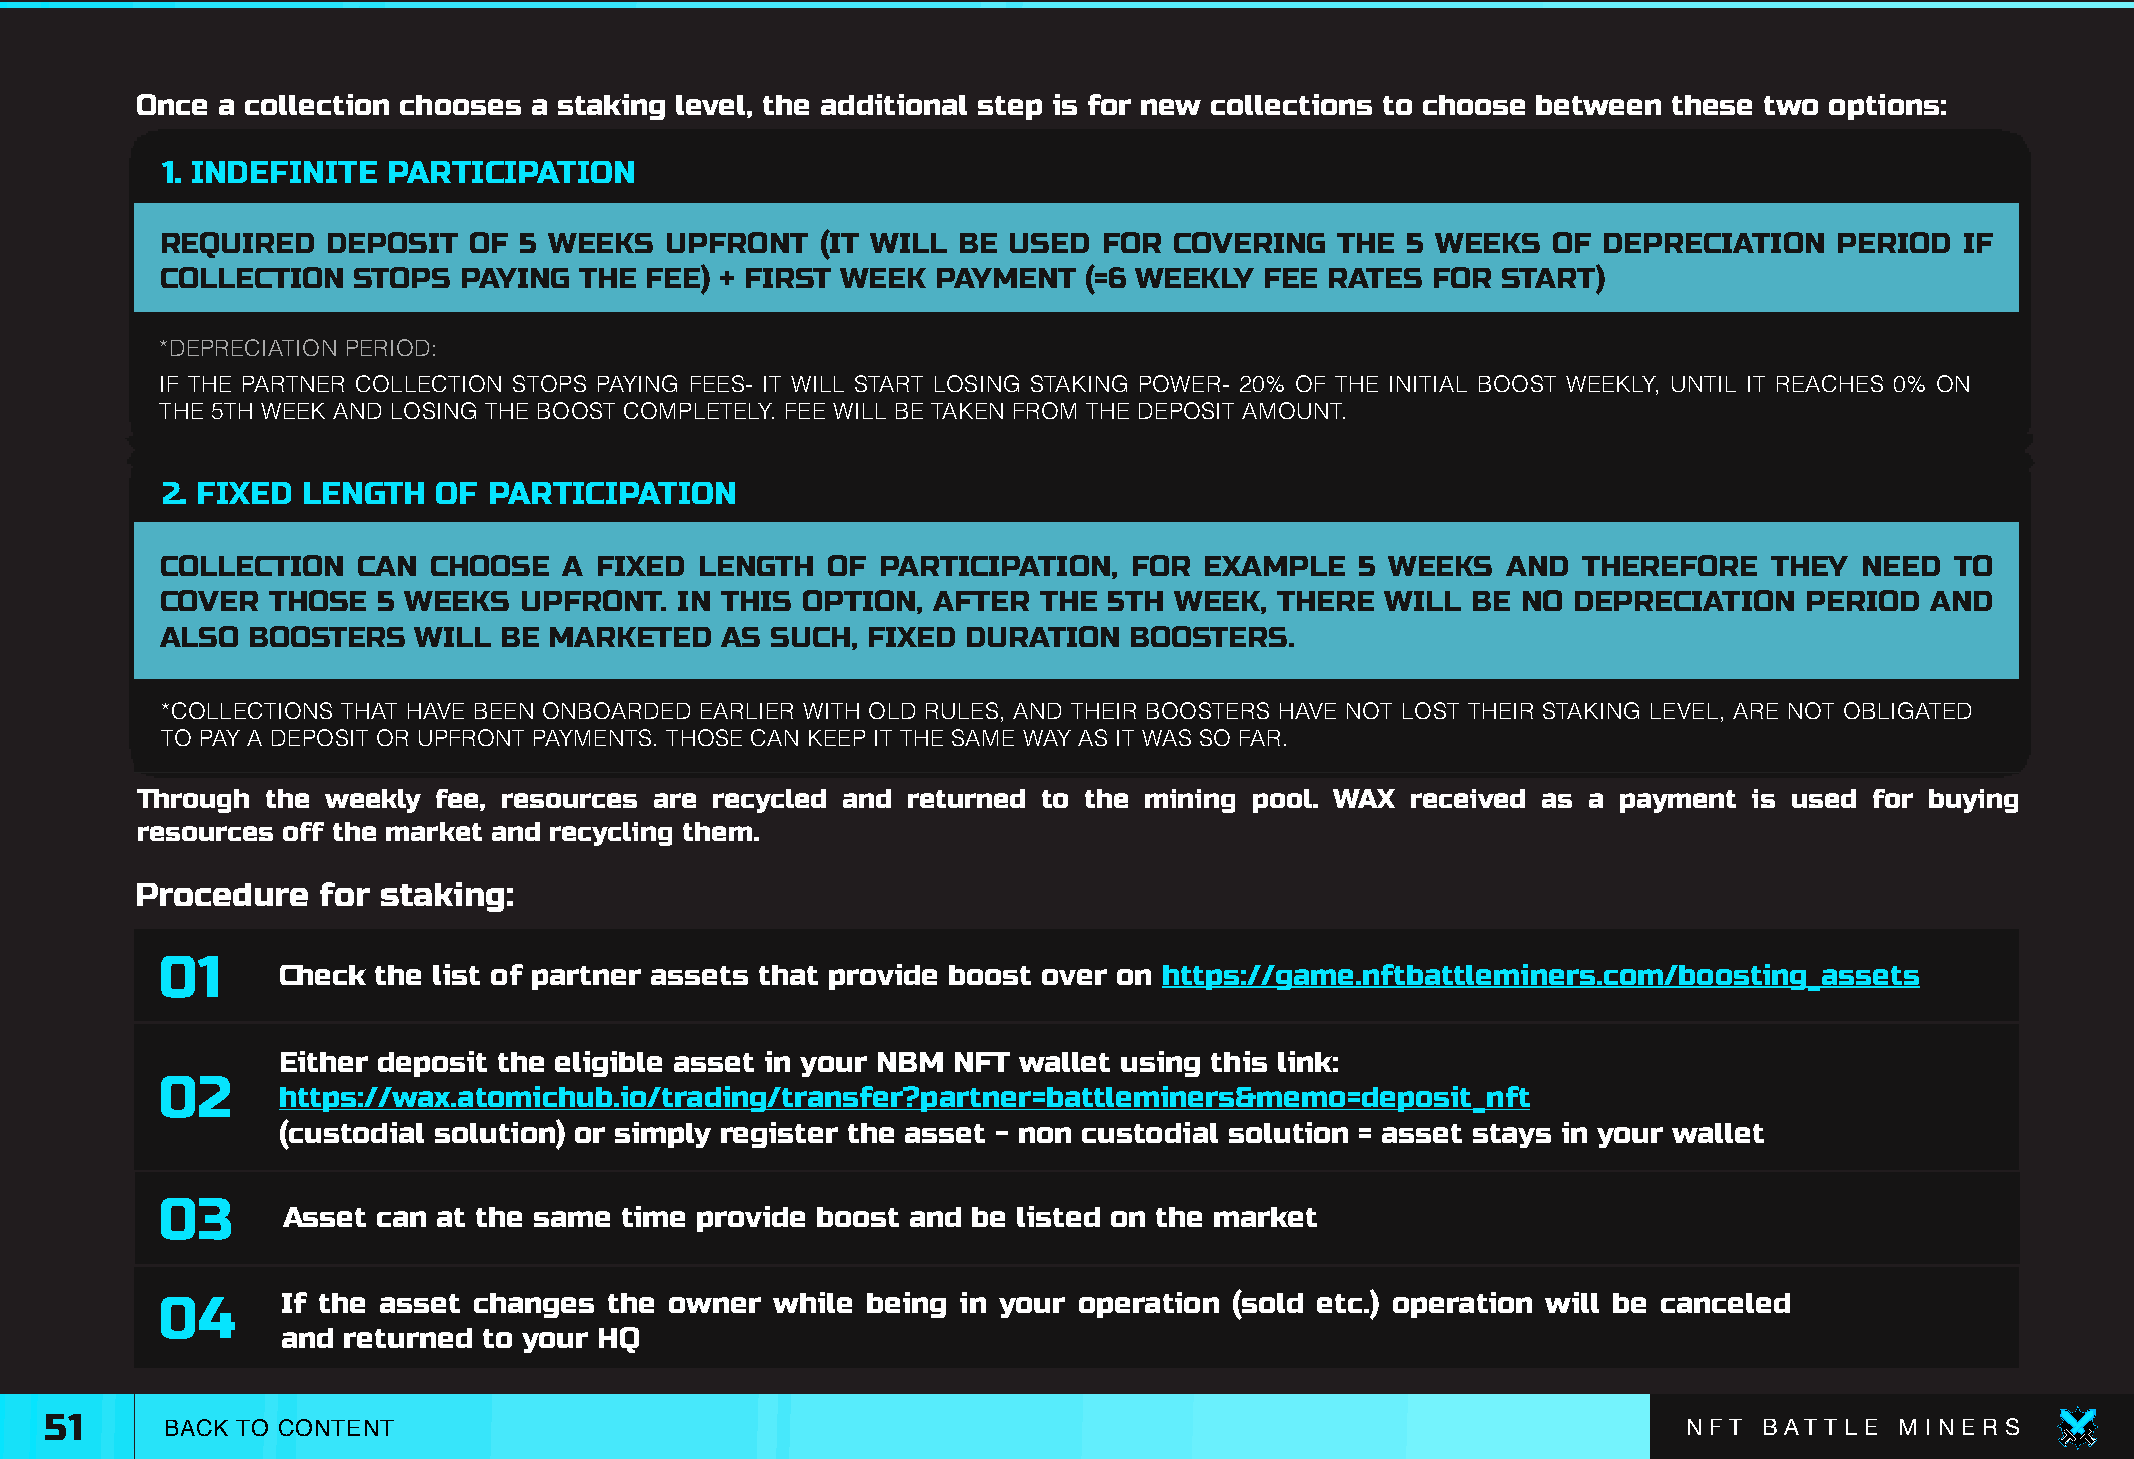
Once a collection chooses a staking level, the additional step is for new collections to choose between these two options:
 1. INDEFINITE  PARTICIPATION
 REQUIRED   DEPOSIT  OF 5 WEEKS   UPFRONT   (IT WILL BE  USED  FOR  COVERING   THE 5 WEEKS   OF DEPRECIATION    PERIOD  IF
 COLLECTION  STOPS  PAYING  THE  FEE) + FIRST WEEK  PAYMENT   (=6 WEEKLY  FEE RATES  FOR START)
 *DEPRECIATION PERIOD:
 IF THE PARTNER COLLECTION STOPS PAYING FEES- IT WILL START LOSING STAKING POWER- 20% OF THE INITIAL BOOST WEEKLY, UNTIL IT REACHES 0% ON
 THE 5TH WEEK AND LOSING THE BOOST COMPLETELY. FEE WILL BE TAKEN FROM THE DEPOSIT AMOUNT.
 2. FIXED LENGTH   OF PARTICIPATION
 COLLECTION   CAN CHOOSE   A FIXED  LENGTH   OF PARTICIPATION,   FOR  EXAMPLE   5 WEEKS   AND  THEREFORE   THEY  NEED  TO
 COVER  THOSE  5 WEEKS  UPFRONT.   IN THIS OPTION,  AFTER  THE 5TH  WEEK,  THERE  WILL BE  NO DEPRECIATION   PERIOD   AND
 ALSO BOOSTERS   WILL  BE MARKETED    AS SUCH, FIXED  DURATION   BOOSTERS.
 *COLLECTIONS THAT HAVE BEEN ONBOARDED EARLIER WITH OLD RULES, AND THEIR BOOSTERS HAVE NOT LOST THEIR STAKING LEVEL, ARE NOT OBLIGATED
 TO PAY A DEPOSIT OR UPFRONT PAYMENTS. THOSE CAN KEEP IT THE SAME WAY AS IT WAS SO FAR.
 Through  the weekly fee, resources are recycled and returned to the mining pool. WAX received as a payment is used for buying
 resources off the market and recycling them.
 Procedure   for staking:
 01
 Check  the list of partner assets that provide boost over on https://game.nftbattleminers.com/boosting_assets
 Either deposit the eligible asset in your NBM NFT wallet using this link:
 02
 https://wax.atomichub.io/trading/transfer?partner=battleminers&memo=deposit_nft
 (custodial solution) or simply register the asset - non custodial solution = asset stays in your wallet
 03
 Asset can at the same time provide boost and be listed on the market
 04       If the asset changes the owner  while being in your operation  (sold etc.) operation will be canceled
 and returned to your HQ
 51      BACK TO CONTENT                                                                                      N F T B AT T L E M I N E R S